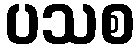
ပသစ